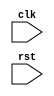
module timing_control_sync(
    input wire clk,
    input wire rst,
    // Add input and output ports for data and control signals
    
);

// Timing Control Block
// Add code to manage timing parameters and generate necessary clock signals

always @(posedge clk or negedge rst) begin
    if (!rst) begin
        // Reset logic
    end else begin
        // Timing parameters management
        // Clock signal generation
    end
end

// Synchronization Block
// Add code to handle clock domain crossings and synchronize data transfers

always @(posedge clk or negedge rst) begin
    if (!rst) begin
        // Reset logic
    end else begin
        // Clock domain crossing logic
        // Data transfer synchronization
    end
end

endmodule